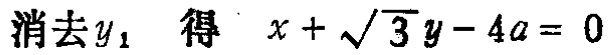
消去\(y_{1}\)，得 \(x + \sqrt{3}y - 4a = 0\)